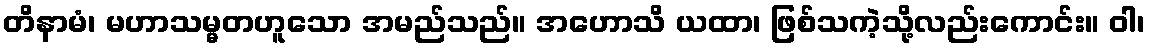
တိနာမံ၊ မဟာသမ္မတဟူသော အမည်သည်။ အဟောသိ ယထာ၊ ဖြစ်သကဲ့သို့လည်းကောင်း။ ဝါ၊